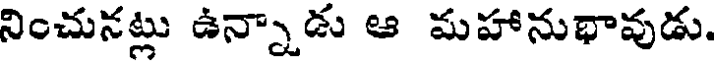
నించునట్లు ఉన్నాడు ఆ మహానుభావుడు.